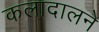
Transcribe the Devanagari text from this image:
कलादालने